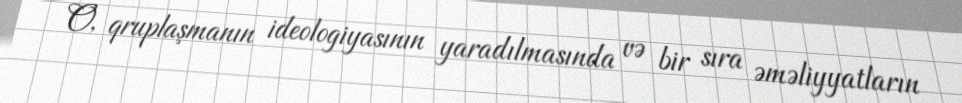
O, qruplaşmanın ideologiyasının yaradılmasında və bir sıra əməliyyatların